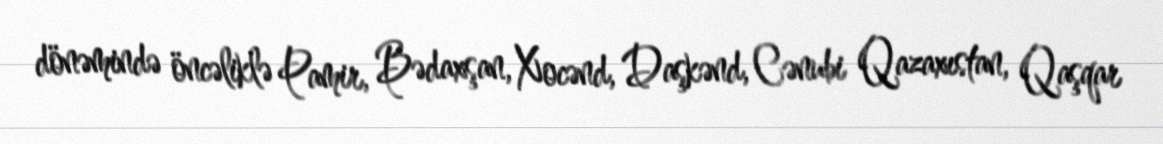
dönəmində öncəliklə Pamir, Bədaxşan, Xocənd, Daşkənd, Cənubi Qazaxıstan, Qaşqar